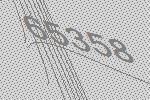
65358